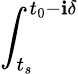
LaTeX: \int_{t_{s}}^{t_{0}-\mathbf{i}\delta}